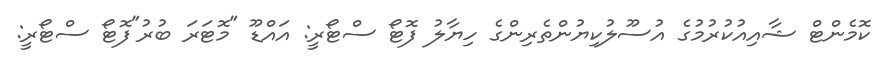
ކޮމެންޓް ޝާއިއުކުރުމުގެ އުސޫލުކިޔުންތެރިންގެ ހިޔާލު ފޮޓޯ ސްޓޯރީ: އައްޑޫ "މޮޓަރަ ބުރު"ފޮޓޯ ސްޓޯރީ: